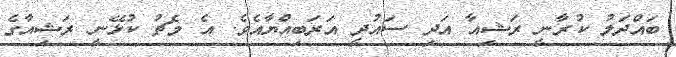
ބައްދަލު ކުރާނީ ރަޝިއާ އަދި ސައުދީ އަރަބިއްޔާއެވެ. އެ މެޗު ކުޅޭނީ ރަޝިއާގެ